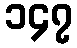
၁၄၇